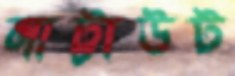
নাট্টাউট